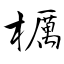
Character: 櫔